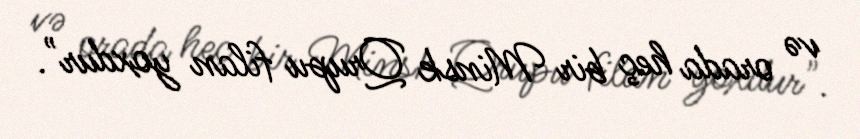
və orada heç bir Minsk Qrupu filan yoxdur".